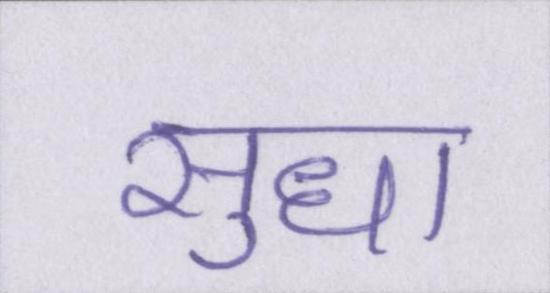
सुधा